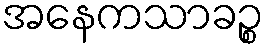
အနေကသာခဉ္စ